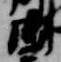
御